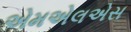
એમએલએસ